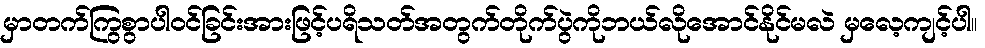
မှာတက်ကြွစွာပါဝင်ခြင်းအားဖြင့်ပရိသတ်အတွက်တိုက်ပွဲကိုဘယ်လိုအောင်နိုင်မလဲ မှလေ့ကျင့်ပါ။